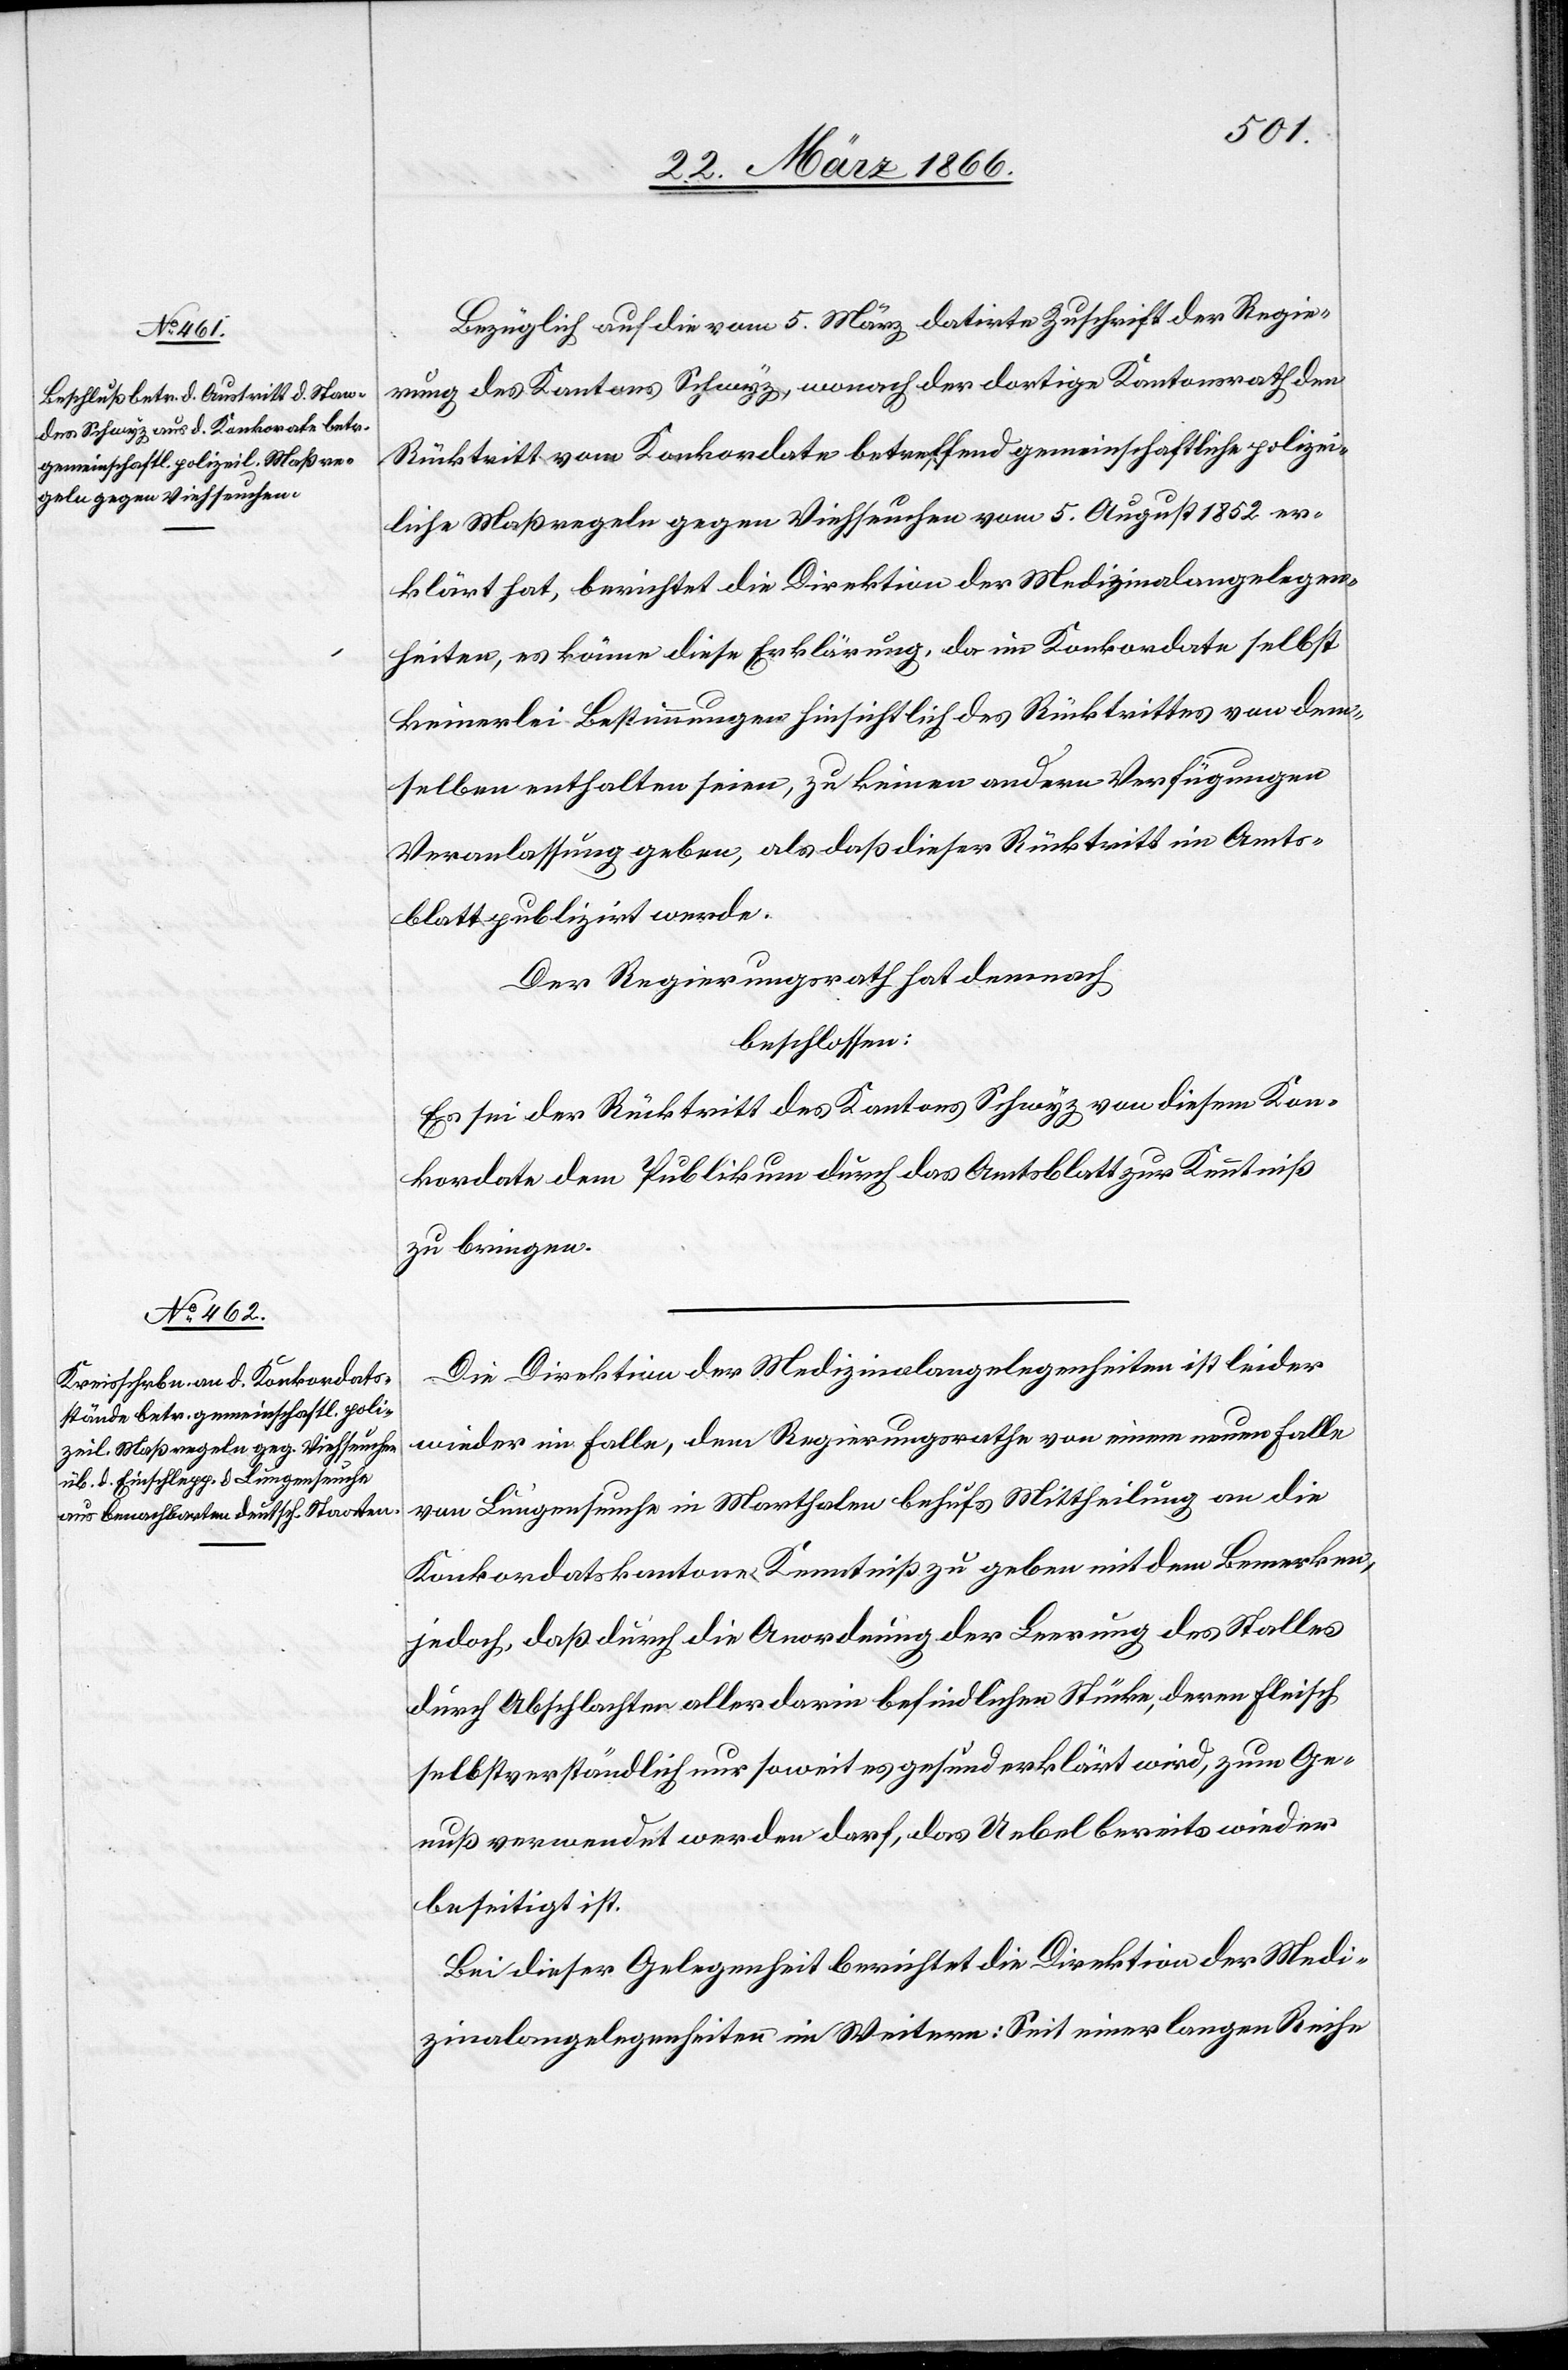
Bezüglich auf die vom 5. März datirte Zuschrift der Regie¬
rung des Kantones Schwyz, wonach der dortige Kantonsrath den
Rücktritt vom Konkordate betreffend gemeinschaftliche polizei¬
liche Maßregeln gegen Viehseuchen vom 5. August 1852 er¬
klärt hat, berichtet die Direktion der Medizinalangelegen¬
heiten, es könne diese Erklärung, da im Konkordate selbst
keinerlei Bestimmungen hinsichtlich des Rücktrittes von dem¬
selben enthalten seien, zu keinen andern Verfügungen
Veranlassung geben, als daß dieser Rücktritt im Amts¬
blatt publizirt werde.
Der Regierungsrath hat demnach,
beschlossen:
Es sei der Rücktritt des Kantons Schwyz von diesem Kon¬
kordate dem Publikum durch das Amtsblatt zur Kenntniß
zu bringen.
Die Direktion der Medizinalangelegenheiten ist leider
wieder im Falle, dem Regierungsrathe von einem neuen Falle
von Lungenseuche in Marthalen behufs Mittheilung an die
Konkordatskantone Kenntniß zu geben mit dem Bemerken,
jedoch, daß durch die Anordnung der Leerung des Stalles
durch Abschlachten aller darin befindlichen Stücke, deren Fleisch
selbstverständlich nur soweit es gesund erklärt wird, zum Ge¬
nuß verwendet werden darf, das Uebel bereits wieder
beseitigt ist.
Bei dieser Gelegenheit berichtet die Direktion der Medi¬
zinalangelegenheiten im Weitern: Seit einer langen Reihe